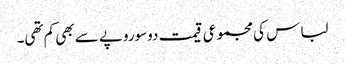
لباس کی مجموعی قیمت دوسوروپے سے بھی کم تھی۔